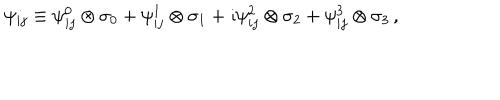
LaTeX: \psi _ { i j } \equiv \psi _ { i j } ^ { 0 } \otimes \sigma _ { 0 } + \psi _ { i j } ^ { 1 } \otimes \sigma _ { 1 } + \imath \psi _ { i j } ^ { 2 } \otimes \sigma _ { 2 } + \psi _ { i j } ^ { 3 } \otimes \sigma _ { 3 } \, ,